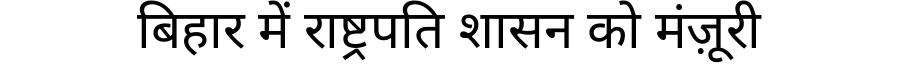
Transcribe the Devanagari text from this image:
बिहार में राष्ट्रपति शासन को मंज़ूरी